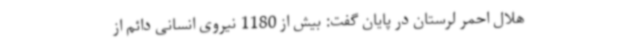
هلال احمر لرستان در پایان گفت: بیش از 1180 نیروی‌ انسانی دائم از